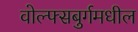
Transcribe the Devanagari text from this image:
वोल्फ्सबुर्गमधील